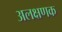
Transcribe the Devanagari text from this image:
अलक्षणक